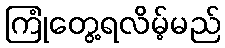
ကြုံတွေ့ရလိမ့်မည်